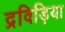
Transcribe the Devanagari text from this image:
द्रविड़िया